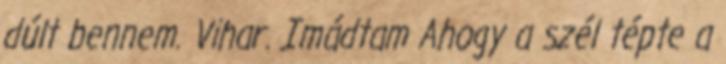
dúlt bennem. Vihar. Imádtam Ahogy a szél tépte a